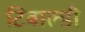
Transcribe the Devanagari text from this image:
टिबाल्डी